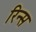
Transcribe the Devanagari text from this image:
रिन्स